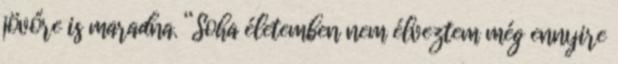
jövőre is maradna. “Soha életemben nem élveztem még ennyire